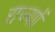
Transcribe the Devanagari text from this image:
राज्याों